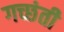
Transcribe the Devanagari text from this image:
गच्छंती